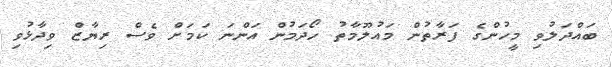
ބައްދަލުވި މީހުންގެ ފަރާތުން މައުލޫމާތު ހޯދަމުން އަންނަ ކަމަށް ވެސް ރިޔާޒް ވިދާޅުވި